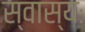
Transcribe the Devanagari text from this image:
स्वास्यः